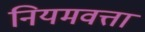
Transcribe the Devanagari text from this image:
नियमवत्ता